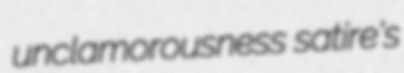
unclamorousness satire's